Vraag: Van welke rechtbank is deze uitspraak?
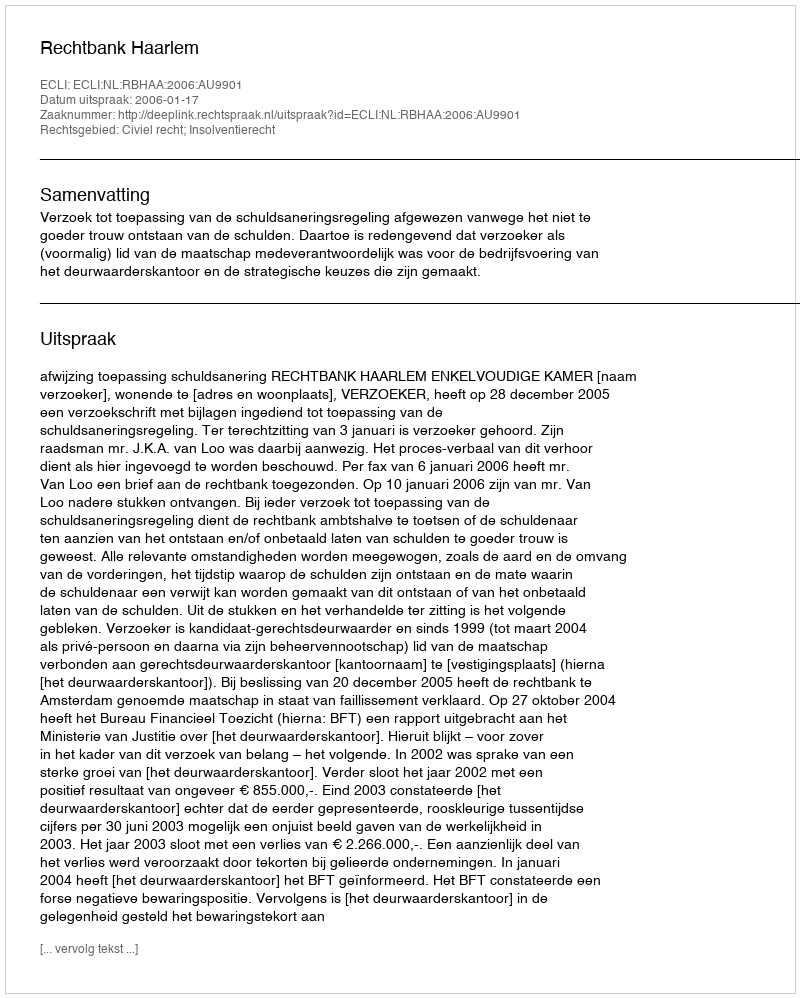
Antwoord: Rechtbank Haarlem